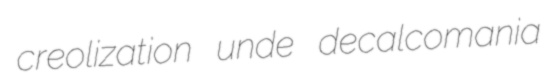
creolization unde decalcomania